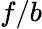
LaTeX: f/b